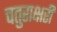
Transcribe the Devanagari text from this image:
चतुराक्षरी